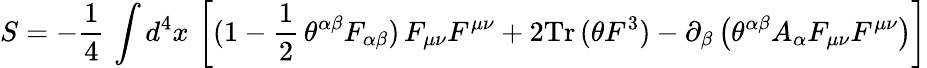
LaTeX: S=-\frac{1}{4}\, \int d^{4}x\, \left[(1-\frac{1}{2}\, \theta^{\alpha\beta}F_{\alpha\beta})\, F_{\mu\nu}F^{\mu\nu}+2\mathrm{Tr}\, (\theta F^{3})-\partial_{\beta}\left(\theta^{\alpha\beta}A_{\alpha}F_{\mu\nu}F^{\mu\nu}\right)\right]